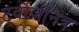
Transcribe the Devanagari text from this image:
टर्वोजनित्र